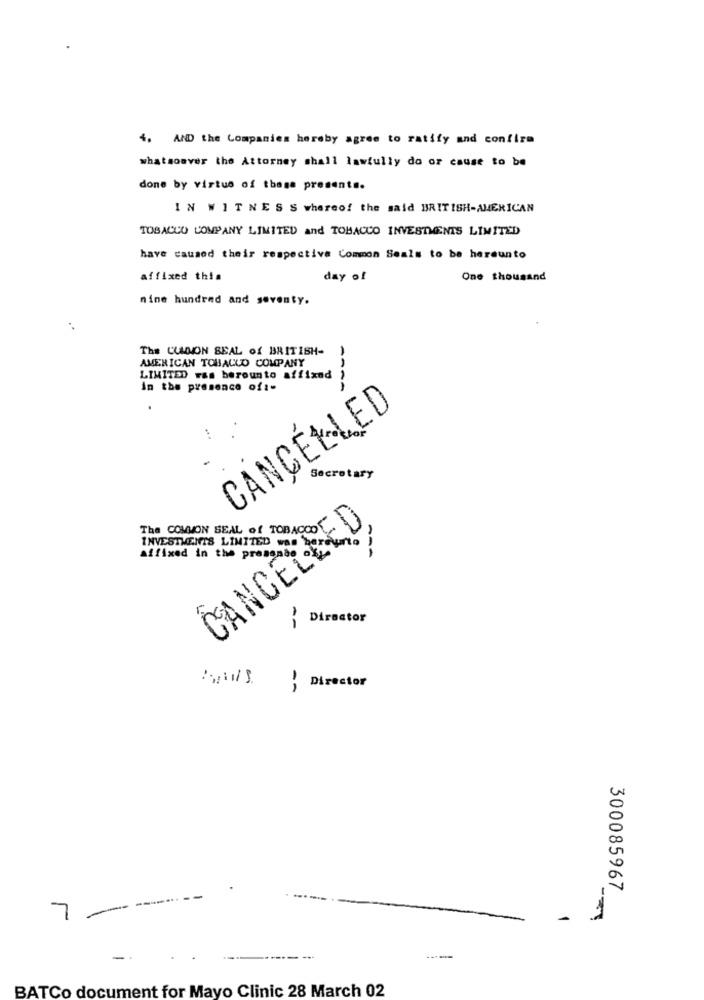
4. AND the Companies hereby agree to ratify and confirm
whatsoever the Attorney shall lawfully do or cause to be
done by virtue of these presente.
IN WITNESS whereof the said BRITISH-AMERICAN
TOBACCO COMPANY LIMITED and TOBACCO INVESTMENTS LIMITED
have caused their respective Common Seals to be hereunto
affixed this
day of
One thousand
nine hundred and seventy.
The CLANON SEAL of BRITISH-
AMERICAN TOBACCO COMPANY
LIMITED ras berounto affixed ?
In the presence of :-
----
.
CANCELLED
..
Secretary
The COMMON SEAL of TOBACCO CV
CANCELLED
INVESTMENTS LIMITED was
affixed in the presence
Director
Director
300085967
--
7 --
----
BATCo document for Mayo Clinic 28 March 02